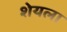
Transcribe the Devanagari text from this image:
शेयला